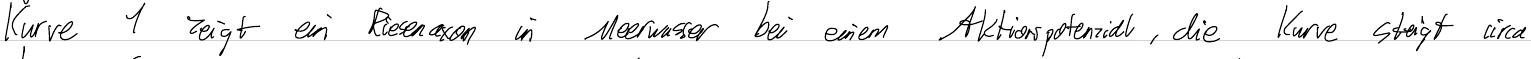
Kurve 1 zeigt ein Riesenaxon in Meerwasser bei einem Aktionspotenzial, die Kurve steigt circa